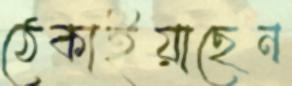
ঠেকাইয়াছেন